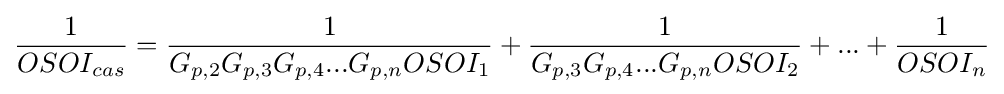
{\frac {1}{OSOI_{cas}}}={\frac {1}{G_{p,2}G_{p,3}G_{p,4}...G_{p,n}OSOI_{1}}}+{\frac {1}{G_{p,3}G_{p,4}...G_{p,n}OSOI_{2}}}+...+{\frac {1}{OSOI_{n}}}